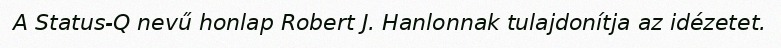
A Status-Q nevű honlap Robert J. Hanlonnak tulajdonítja az idézetet.